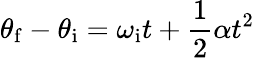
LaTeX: \theta_{\mathrm{f}}-\theta_{\mathrm{i}}=\omega_{\mathrm{i}}t+{\frac{1}{2}}\alpha t^{2}